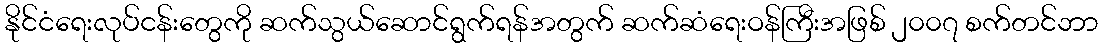
နိုင်ငံရေးလုပ်ငန်းတွေကို ဆက်သွယ်ဆောင်ရွက်ရန်အတွက် ဆက်ဆံရေးဝန်ကြီးအဖြစ် ၂၀၀၇ စက်တင်ဘာ